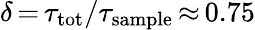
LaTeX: \delta\, {=}\, \tau_{\mathrm{tot}}/\tau_{\mathrm{sample}}\, {\approx}\, 0.75